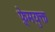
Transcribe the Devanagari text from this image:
फ़्रेमयुक्त